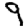
Digit: 9